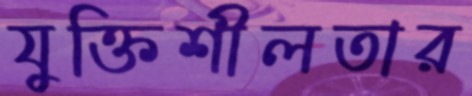
যুক্তিশীলতার